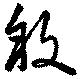
敘